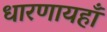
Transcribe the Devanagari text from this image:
धारणायहाँ